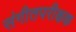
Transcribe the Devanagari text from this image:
संगीतपरीक्षक